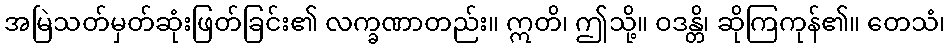
အမြဲသတ်မှတ်ဆုံးဖြတ်ခြင်း၏ လက္ခဏာတည်း။ ဣတိ၊ ဤသို့။ ဝဒန္တိ၊ ဆိုကြကုန်၏။ တေသံ၊